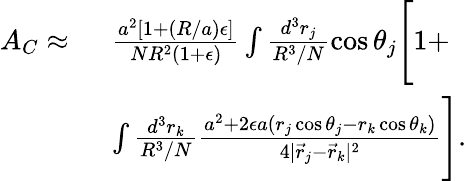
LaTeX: \begin{array}{rl}{A_{C}\approx\ }&{\frac{a^{2}[1+(R/a)\epsilon]}{NR^{2}(1+\epsilon)}\int\frac{d^{3}r_{j}}{R^{3}/N}\cos\theta_{j}\Bigg[1+}\\ &{\int\frac{d^{3}r_{k}}{R^{3}/N}\frac{a^{2}+2\epsilon a(r_{j}\cos\theta_{j}-r_{k}\cos\theta_{k})}{4|\vec{r}_{j}-\vec{r}_{k}|^{2}}\Bigg].}\end{array}